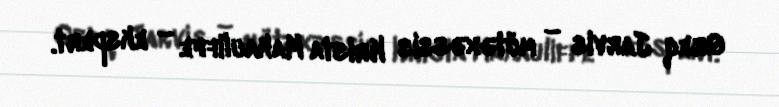
Qreq Jarvis – mütəxəssis Krista Makauliffe – ekspert.